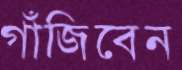
গাঁজিবেন